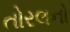
તોરલનો